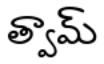
త్వామ్